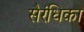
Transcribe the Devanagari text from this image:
सैरंधिका